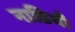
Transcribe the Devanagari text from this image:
नाडियाँ